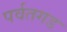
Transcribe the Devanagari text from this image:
पर्वतगड